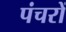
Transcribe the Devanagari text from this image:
पंचरों